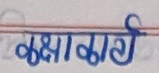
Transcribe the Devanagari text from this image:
कक्षाकार्य